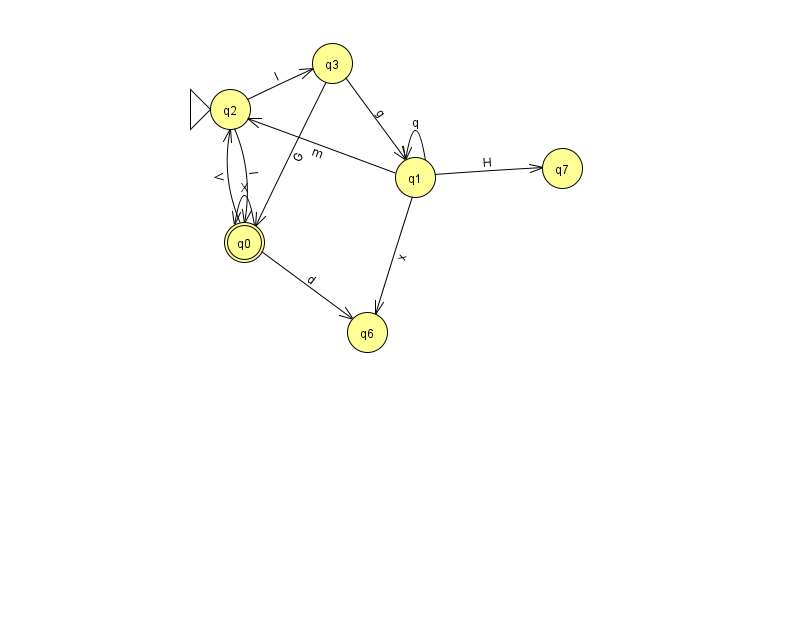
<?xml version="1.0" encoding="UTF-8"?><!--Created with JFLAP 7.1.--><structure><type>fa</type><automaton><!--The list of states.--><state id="0" name="q0"><x>244.0</x><y>229.0</y><final/></state><state id="1" name="q1"><x>415.0</x><y>164.0</y></state><state id="2" name="q2"><x>230.0</x><y>96.0</y><initial/></state><state id="3" name="q3"><x>332.0</x><y>50.0</y></state><state id="6" name="q6"><x>367.0</x><y>319.0</y></state><state id="7" name="q7"><x>562.0</x><y>155.0</y></state><!--The list of transitions.--><transition><from>1</from><to>1</to><read>q</read></transition><transition><from>1</from><to>6</to><read>x</read></transition><transition><from>0</from><to>6</to><read>d</read></transition><transition><from>2</from><to>0</to><read>l</read></transition><transition><from>3</from><to>0</to><read>G</read></transition><transition><from>2</from><to>3</to><read>l</read></transition><transition><from>0</from><to>0</to><read>X</read></transition><transition><from>3</from><to>1</to><read>g</read></transition><transition><from>1</from><to>2</to><read>m</read></transition><transition><from>0</from><to>2</to><read>V</read></transition><transition><from>1</from><to>7</to><read>H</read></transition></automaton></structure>